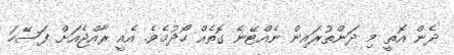
ދެން އޮތީ މި ދަންތުރައިން ނެއްޓޭނެ ގޮތެއް ހޯދުމެވެ. އެއީ ރާއްޖެއަށް ފަސޭހަ